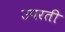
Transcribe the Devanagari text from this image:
उपरती